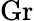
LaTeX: \mathrm{Gr}